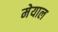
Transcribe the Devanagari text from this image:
मेयाल